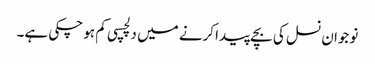
نوجوان نسل کی بچے پیدا کرنے میں دلچسپی کم ہو چکی ہے۔